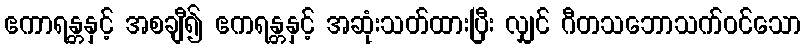
ဧကာရန္တနှင့် အစချီ၍ ဧကရန္တနှင့် အဆုံးသတ်ထားပြီး လျှင် ဂီတသဘောသက်ဝင်သော